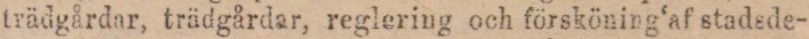
trädgårdar, trädgårdar, reglering och försköning‘af stadsde-